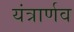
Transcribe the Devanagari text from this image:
यंत्रार्णव